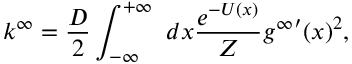
k ^ { \infty } = \frac { D } { 2 } \int _ { - \infty } ^ { + \infty } \ d x \frac { e ^ { - U ( x ) } } { Z } { g ^ { \infty } } ^ { \prime } ( x ) ^ { 2 } ,